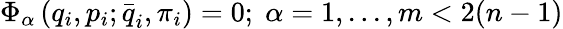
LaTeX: \Phi_{\alpha}\left(q_{i},p_{i};\stackrel{\_ }{q}_{i},\pi_{i}\right)=0;\; \alpha=1,...,m<2(n-1)